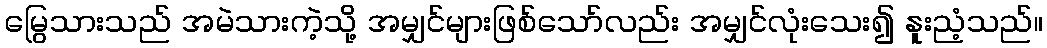
မြွေသားသည် အမဲသားကဲ့သို့ အမျှင်များဖြစ်သော်လည်း အမျှင်လုံးသေး၍ နူးညံ့သည်။